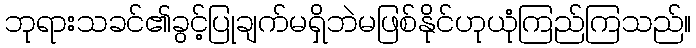
ဘုရားသခင်၏ခွင့်ပြုချက်မရှိဘဲမဖြစ်နိုင်ဟုယုံကြည်ကြသည်။